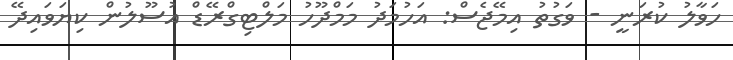
ހަވާލު ކުރަނީ - ވަގުތު އިމޭޖެސް: އަހުމަދު މަމްދޫހު މަލްޓިގްރޭޑް އުސޫލުން ކިޔަވައިދޭ